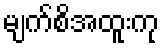
မျက်စိအထူးကု